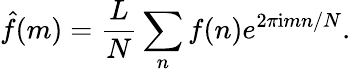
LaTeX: \hat{f}(m)=\frac{L}{N}\sum_{n}f(n)e^{2\pi\mathrm{i}mn/N}.